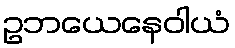
ဥဘယေနေဝါယံ